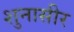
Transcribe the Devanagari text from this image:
शुनासीर